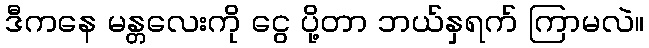
ဒီကနေ မန္တလေးကို ငွေ ပို့တာ ဘယ်နှရက် ကြာမလဲ။